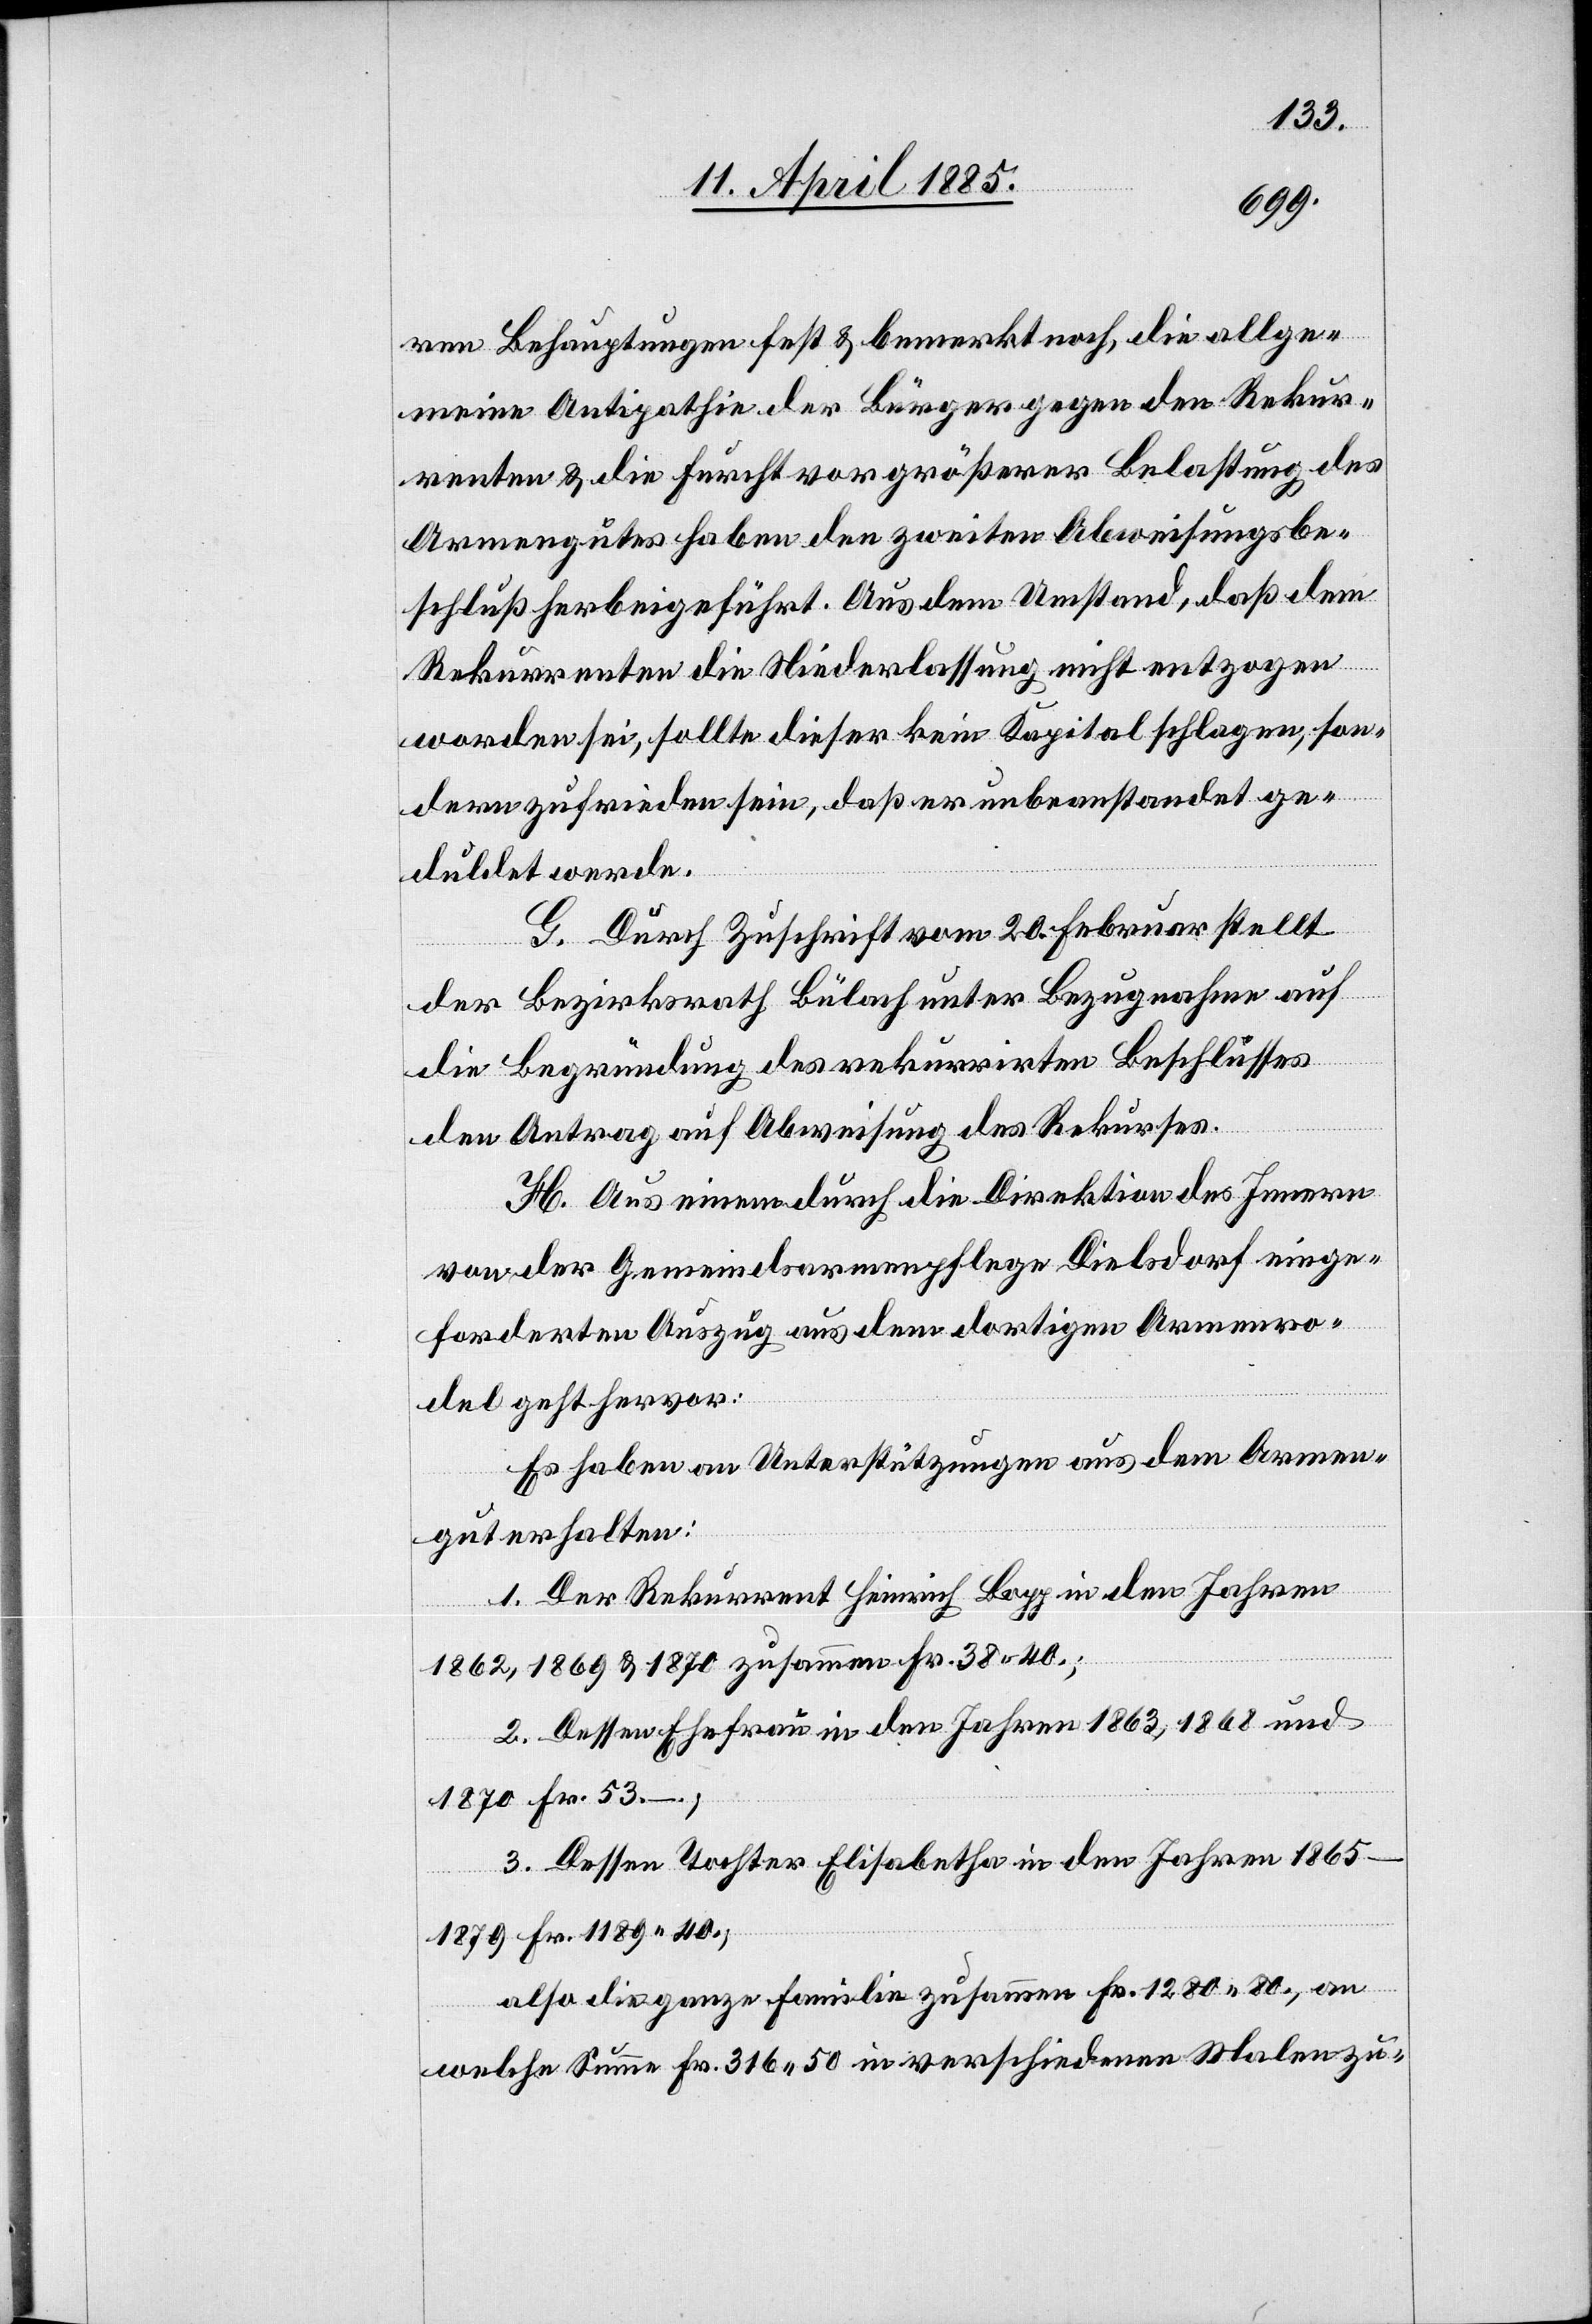
ren Behauptungen fest & bemerkt noch, die allge¬
meine Antipathie der Bürger gegen den Rekur¬
renten & die Furcht vor größerer Belastung des
Armengutes haben den zweiten Abweisungsbe¬
schluß herbeigeführt. Aus dem Umstand, daß dem
Rekurrenten die Niederlassung nicht entzogen
worden sei, sollte dieser kein Kapital schlagen, son¬
dern zufrieden sein, daß er unbeanstandet ge¬
duldet werde.
G. Durch Zuschrift vom 20. Februar stellt
der Bezirksrath Bülach unter Bezugnahme auf
die Begründung des rekurrirten Beschlusses
den Antrag auf Abweisung des Rekurses.
H. Aus einem durch die Direktion des Innern
von der Gemeindsarmenpflege Dielsdorf einge¬
forderten Auszug aus dem dortigen Armenro¬
del geht hervor:
Es haben an Unterstützungen aus dem Armen¬
gut erhalten:
1. Der Rekurrent Heinrich Bopp in den Jahren
1862, 1869 & 1870 zusammen Fr. 38 40.;
2. Dessen Ehefrau in den Jahren 1863, 1868 und
1870 Fr. 53.–.;
3. Dessen Tochter Elisabeth in den Jahren 1865–1879
also die ganze Familie zusammen Fr. 1280 80., an
welche Summe Fr. 316 50 in verschiedenen Malen zu-

Fr.